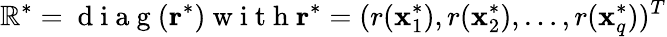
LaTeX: \mathbb{R}^{*}=\mathrm{{~d~i~a~g~}}(\mathbf{{r}}^{*})\mathrm{{~w~i~t~h~}}\mathbf{{r}}^{*}=(r(\mathbf{{x}}_{1}^{*}),r(\mathbf{{x}}_{2}^{*}),\ldots,r(\mathbf{{x}}_{q}^{*}))^{T}